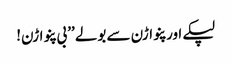
لپکے اور پنواڑن سے بولے ’’بی پنواڑن!